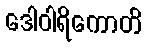
ဒေါဝါရိကောတိ